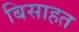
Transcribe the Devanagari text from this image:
बिसाहत